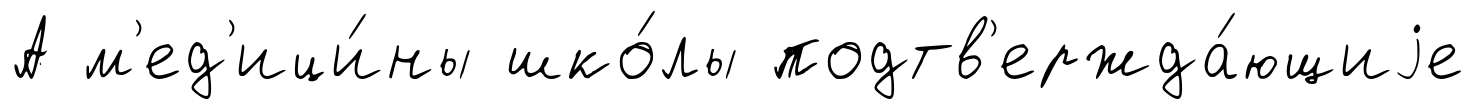
А м'ед'ици́ны шко́лы подтв'ержда́ющиjе